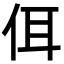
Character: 佴